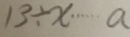
1 3 \div x \cdots a